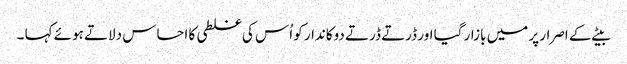
بیٹے کے اصرار پر میں بازار گیا اور ڈرتے ڈرتے دوکاندار کو اُس کی غلطی کا احساس دلاتے ہوئے کہا ۔